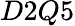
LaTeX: D2Q5